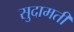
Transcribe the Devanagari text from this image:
सुदामती